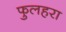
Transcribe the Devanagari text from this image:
फुलहरा